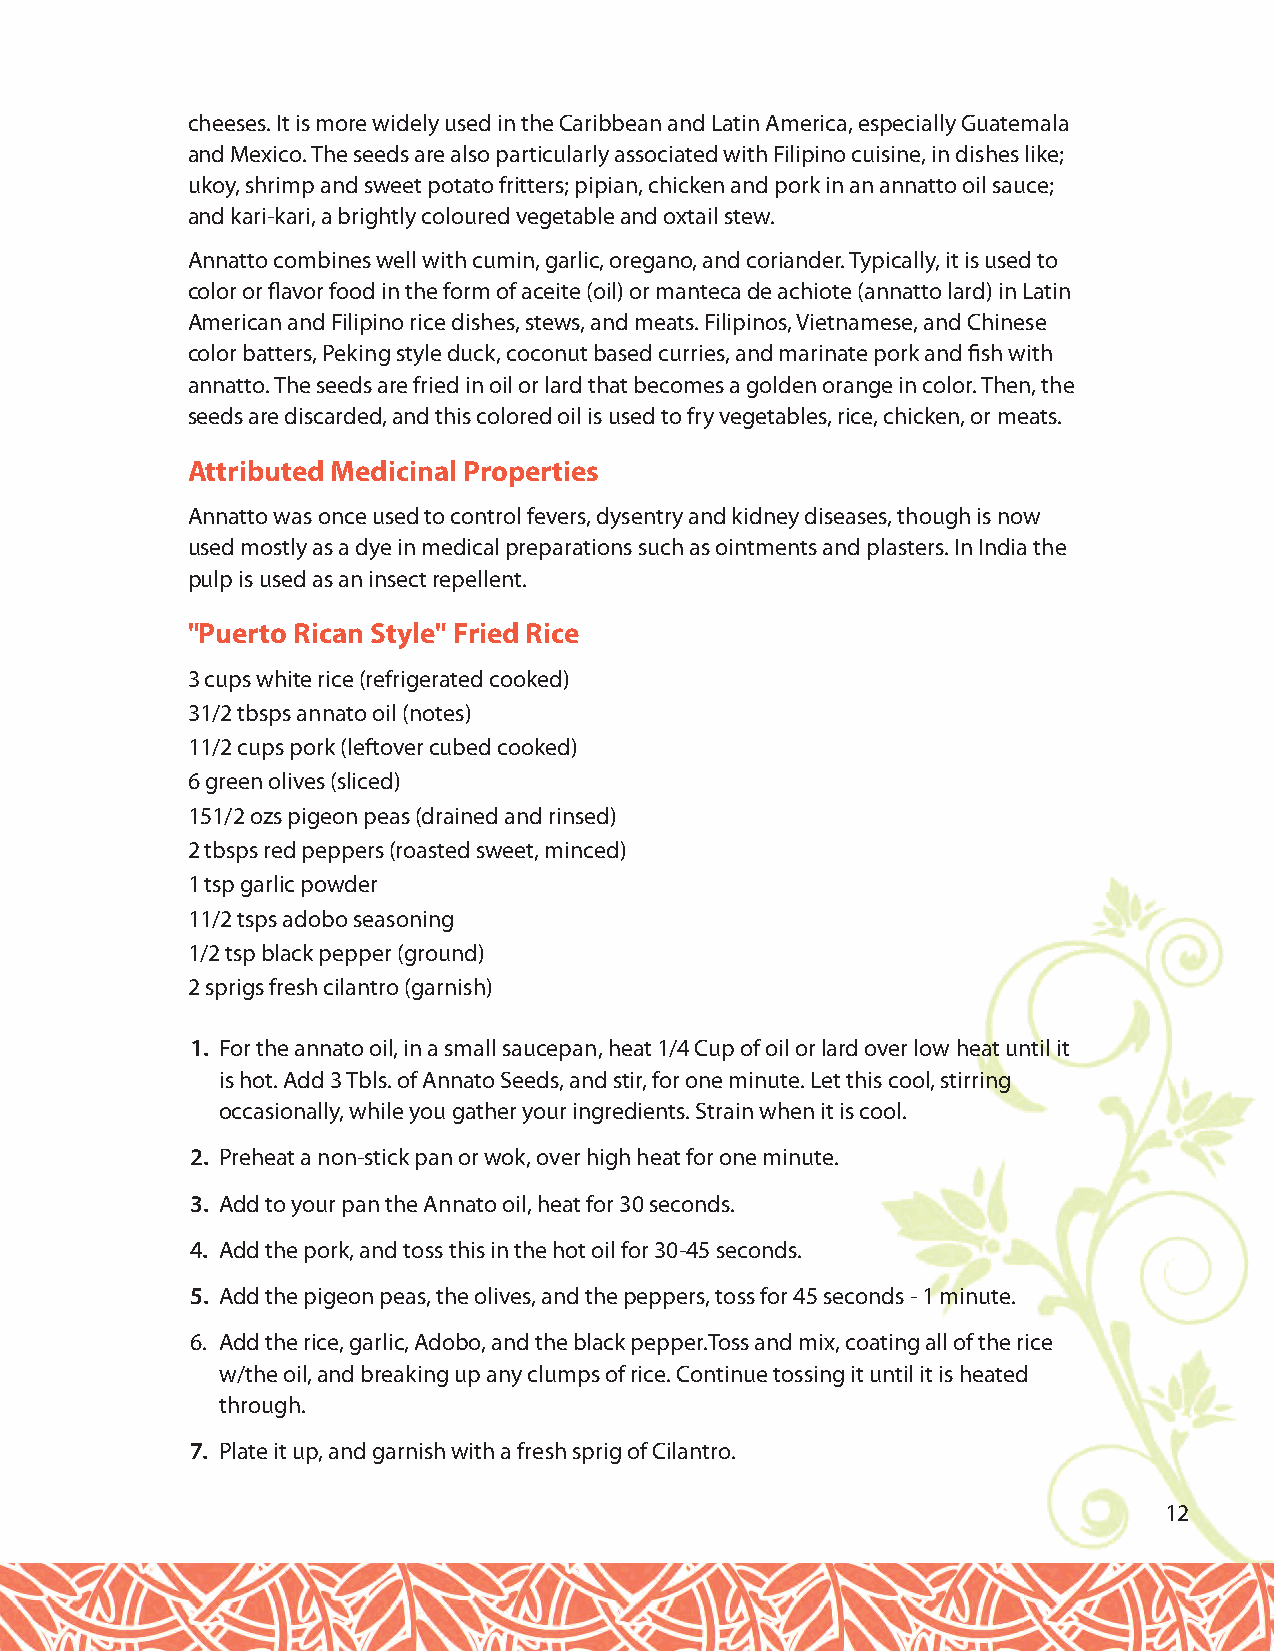
cheeses. It is more widely used in the Caribbean and Latin America, especially Guatemala
 and Mexico. The seeds are also particularly associated with Filipino cuisine, in dishes like;
 ukoy, shrimp and sweet potato fritters; pipian, chicken and pork in an annatto oil sauce;
 and kari-kari, a brightly coloured vegetable and oxtail stew.
 Annatto combines well with cumin, garlic, oregano, and coriander. Typically, it is used to
 color or flavor food in the form of aceite (oil) or manteca de achiote (annatto lard) in Latin
 American and Filipino rice dishes, stews, and meats. Filipinos, Vietnamese, and Chinese
 color batters, Peking style duck, coconut based curries, and marinate pork and fish with
 annatto. The seeds are fried in oil or lard that becomes a golden orange in color. Then, the
 seeds are discarded, and this colored oil is used to fry vegetables, rice, chicken, or meats.
 Attributed Medicinal Properties
 Annatto was once used to control fevers, dysentry and kidney diseases, though is now
 used mostly as a dye in medical preparations such as ointments and plasters. In India the
 pulp is used as an insect repellent.
 "Puerto Rican Style" Fried Rice
 3 cups white rice (refrigerated cooked)
 31/2 tbsps annato oil (notes)
 11/2 cups pork (leftover cubed cooked)
 6 green olives (sliced)
 151/2 ozs pigeon peas (drained and rinsed)
 2 tbsps red peppers (roasted sweet, minced)
 1 tsp garlic powder
 11/2 tsps adobo seasoning
 1/2 tsp black pepper (ground)
 2 sprigs fresh cilantro (garnish)
 1. For the annato oil, in a small saucepan, heat 1/4 Cup of oil or lard over low heat until it
 is hot. Add 3 Tbls. of Annato Seeds, and stir, for one minute. Let this cool, stirring
 occasionally, while you gather your ingredients. Strain when it is cool.
 2. Preheat a non-stick pan or wok, over high heat for one minute.
 3. Add to your pan the Annato oil, heat for 30 seconds.
 4. Add the pork, and toss this in the hot oil for 30-45 seconds.
 5. Add the pigeon peas, the olives, and the peppers, toss for 45 seconds - 1 minute.
 6. Add the rice, garlic, Adobo, and the black pepper.Toss and mix, coating all of the rice
 w/the oil, and breaking up any clumps of rice. Continue tossing it until it is heated
 through.
 7. Plate it up, and garnish with a fresh sprig of Cilantro.
 12